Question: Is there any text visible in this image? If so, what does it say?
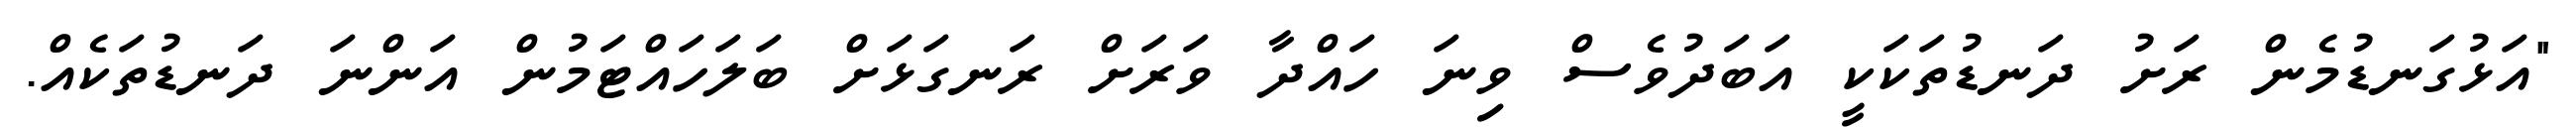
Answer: "އަޅުގަނޑުމެން ރަށު ދަނޑުތަކަކީ އަބަދުވެސް ވިނަ ހައްދާ ވަރަށް ރަނގަޅަށް ބަލަހައްޓަމުން އަންނަ ދަނޑުތަކެއް.